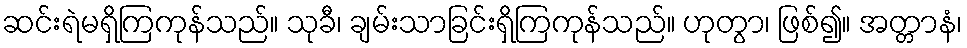
ဆင်းရဲမရှိကြကုန်သည်။ သုခီ၊ ချမ်းသာခြင်းရှိကြကုန်သည်။ ဟုတွာ၊ ဖြစ်၍။ အတ္တာနံ၊